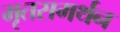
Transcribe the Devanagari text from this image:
मृतसमर्थन